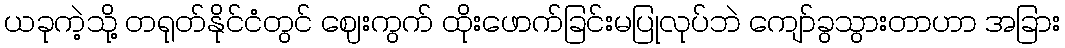
ယခုကဲ့သို့ တရုတ်နိုင်ငံတွင် ဈေးကွက် ထိုးဖောက်ခြင်းမပြုလုပ်ဘဲ ကျော်ခွသွားတာဟာ အခြား